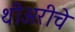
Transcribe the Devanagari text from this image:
थीअरीचे